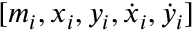
[ m _ { i } , x _ { i } , y _ { i } , \dot { x } _ { i } , \dot { y } _ { i } ]